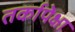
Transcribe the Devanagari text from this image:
तर्कापेक्षा